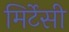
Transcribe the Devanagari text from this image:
मिर्टेसी